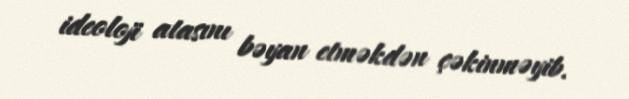
ideoloji atasını bəyan etməkdən çəkinməyib.